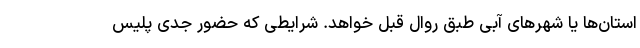
استان‌ها یا شهرهای آبی طبق روال قبل خواهد. شرایطی که حضور جدی پلیس